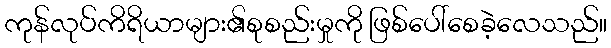
ကုန်လုပ်ကိရိယာများ၏စုစည်းမှုကို ဖြစ်ပေါ်စေခဲ့လေသည်။